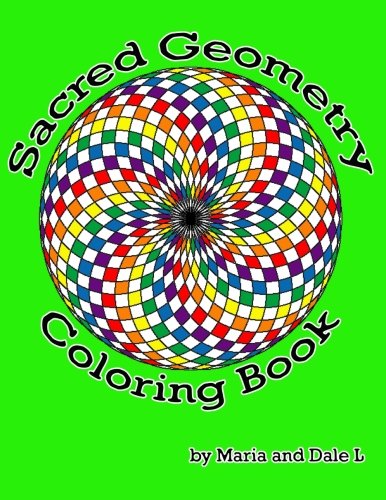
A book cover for Sacred Geometry Coloring Book; Maria L; Arts & Photography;